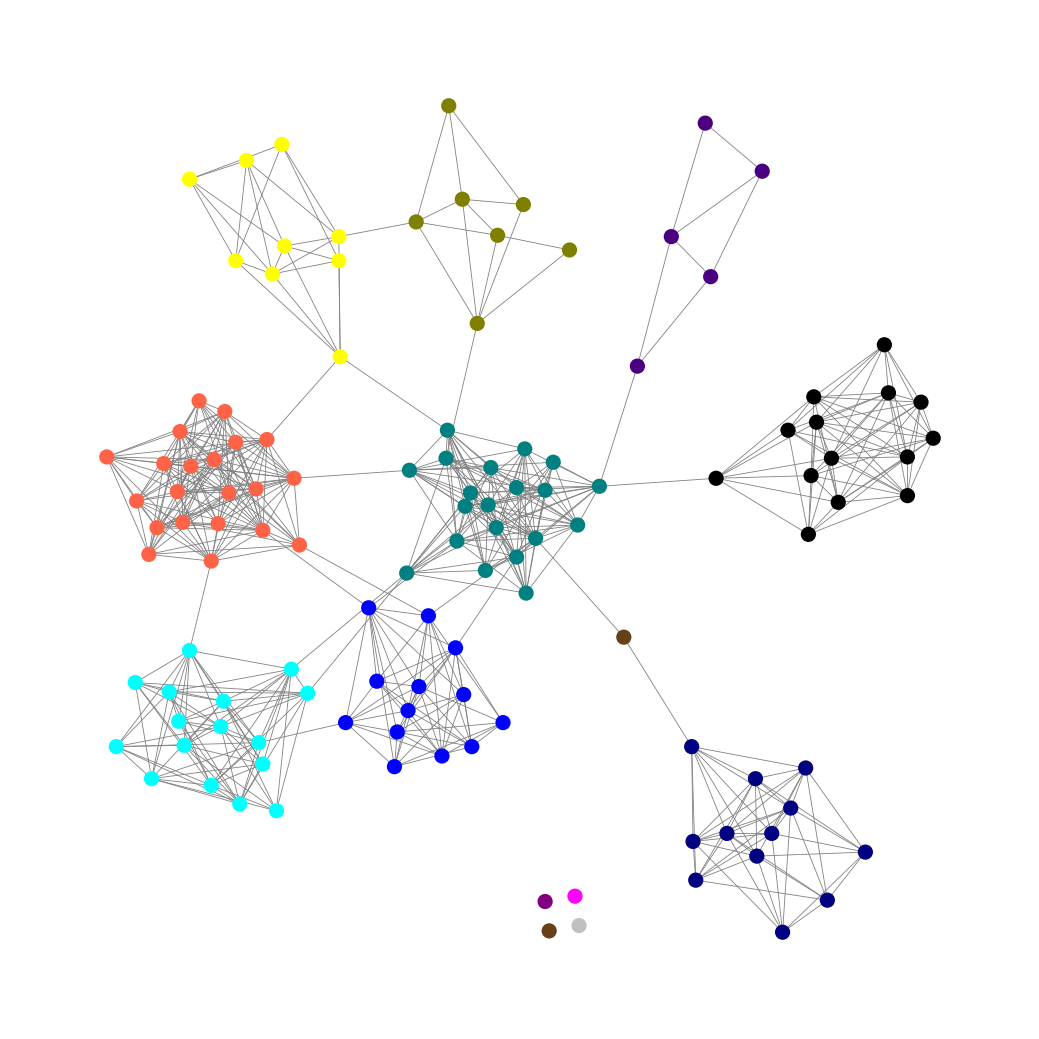
Graph connected: No
Number of connected components: 5
Number of singletons: 4
Total number of nodes: 122
Total number of edges: 590
Number of communities: 13
Community sizes:
Aqua: 16
Black: 14
Blue: 13
Fuchsia: 1
Indigo: 5
Navy: 12
Olive: 7
Pullman Brown: 2
Purple: 1
Silver: 1
Teal: 20
Tomato: 21
Yellow: 9
Graph layout: tda
Graph generation method: erdos_renyi